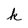
Character: k